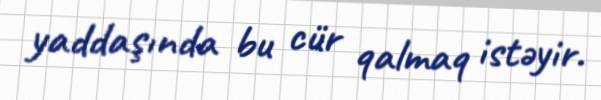
yaddaşında bu cür qalmaq istəyir.